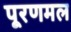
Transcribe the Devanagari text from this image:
पूरणमल